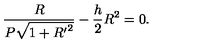
\frac { R } { P \sqrt { 1 + { R ^ { \prime } } ^ { 2 } } } - \frac { h } { 2 } R ^ { 2 } = 0 .